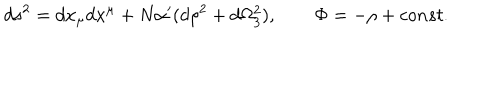
LaTeX: d s ^ { 2 } = d x _ { \mu } d x ^ { \mu } + N \alpha ^ { \prime } ( d \rho ^ { 2 } + d \Omega _ { 3 } ^ { 2 } ) , \qquad \Phi = - \rho + c o n s t .